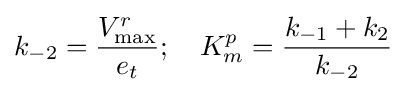
k_{-2}={\frac {V_{\max }^{r}}{e_{t}}};\quad K_{m}^{p}={\frac {k_{-1}+k_{2}}{k_{-2}}}